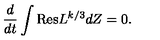
\frac { d } { d t } \int \mathrm { R e s } L ^ { k / 3 } d Z = 0 .